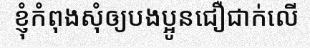
ខ្ញុំកំពុងសុំឲ្យបងប្អូនជឿជាក់លើ